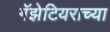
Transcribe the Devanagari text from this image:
गॅझेटियराच्या